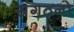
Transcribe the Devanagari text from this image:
संगठ्नो